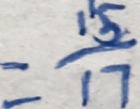
= \frac { 1 5 } { 1 7 }